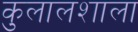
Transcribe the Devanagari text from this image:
कुलालशाला